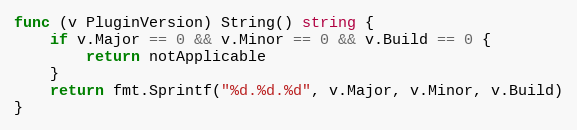
Language: Go
func (v PluginVersion) String() string {
	if v.Major == 0 && v.Minor == 0 && v.Build == 0 {
		return notApplicable
	}
	return fmt.Sprintf("%d.%d.%d", v.Major, v.Minor, v.Build)
}